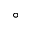
\circ